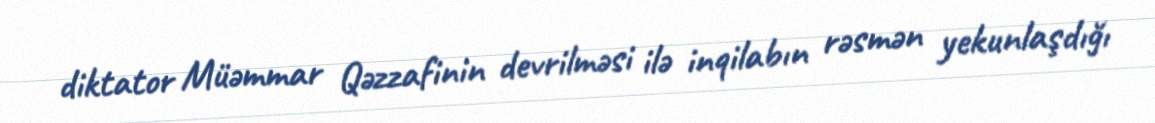
diktator Müəmmar Qəzzafinin devrilməsi ilə inqilabın rəsmən yekunlaşdığı